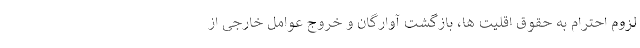
لزوم احترام به حقوق اقلیت ها، بازگشت آوارگان و خروج عوامل خارجی از